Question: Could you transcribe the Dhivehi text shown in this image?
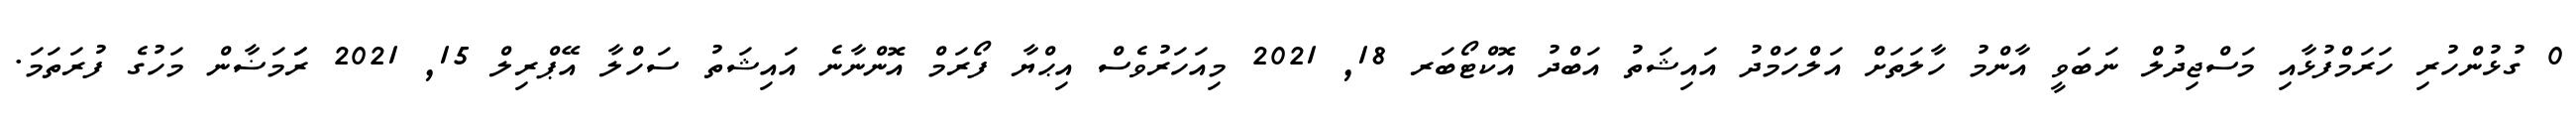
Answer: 0 ގުޅުންހުރި ހަރަމްފުޅާއި މަސްޖިދުލް ނަބަވީ އާންމު ހާލަތަށް އަލްހަމްދު އައިޝަތު އަބްދު އޮކްޓޯބަރ 18, 2021 މިއަހަރުވެސް އިޙްޔާ ފޯރަމް އޮންނާނެ އައިޝަތު ސަހްލާ އޭޕްރިލް 15, 2021 ރަަމަޟާން މަހުގެ ފުރަތަމަ.